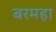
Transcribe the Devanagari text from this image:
बरमहा